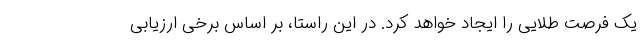
یک فرصت طلایی را ایجاد خواهد کرد. در این راستا، بر اساس برخی ارزیابی